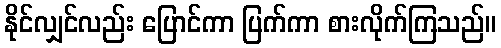
နိုင်လျှင်လည်း ပြောင်ကာ ပြက်ကာ စားလိုက်ကြသည်။